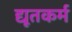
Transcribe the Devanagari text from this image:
द्यूतकर्म